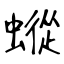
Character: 䗥